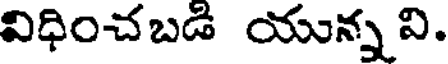
విధించబడి యున్న వి.